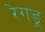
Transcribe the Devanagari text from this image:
रेगङू